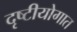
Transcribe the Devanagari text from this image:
दृष्टीयोगात